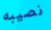
نصيبه